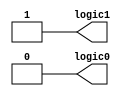
module logicLevel(logic1, logic0);

output logic1, logic0;

assign logic0 = 1'b0;
assign logic1 = 1'b1;

endmodule